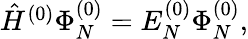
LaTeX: \begin{array}{r}{\hat{H}^{(0)}\Phi_{N}^{(0)}=E_{N}^{(0)}\Phi_{N}^{(0)},}\end{array}